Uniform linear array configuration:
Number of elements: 4
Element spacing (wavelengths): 0.5
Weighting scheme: uniform
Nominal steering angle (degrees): -45
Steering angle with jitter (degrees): -45.843
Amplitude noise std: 0.05
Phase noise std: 0.05

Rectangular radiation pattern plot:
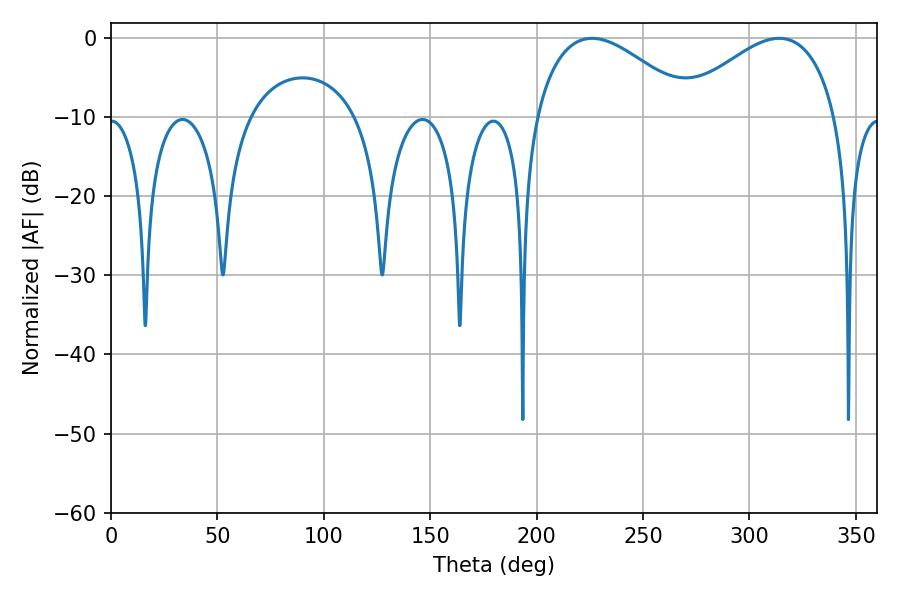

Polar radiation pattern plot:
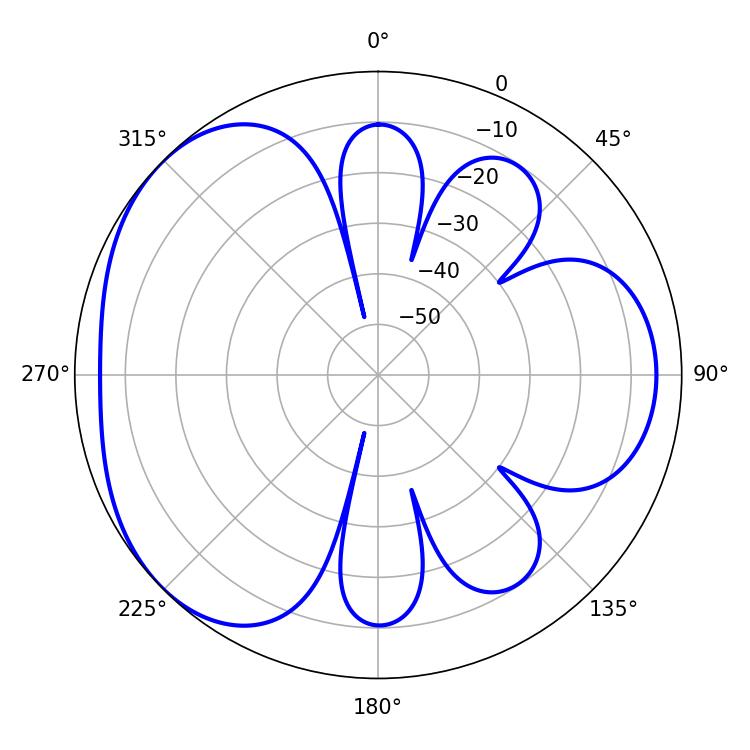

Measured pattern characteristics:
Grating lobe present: FALSE
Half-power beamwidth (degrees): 40.68
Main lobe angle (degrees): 226.08